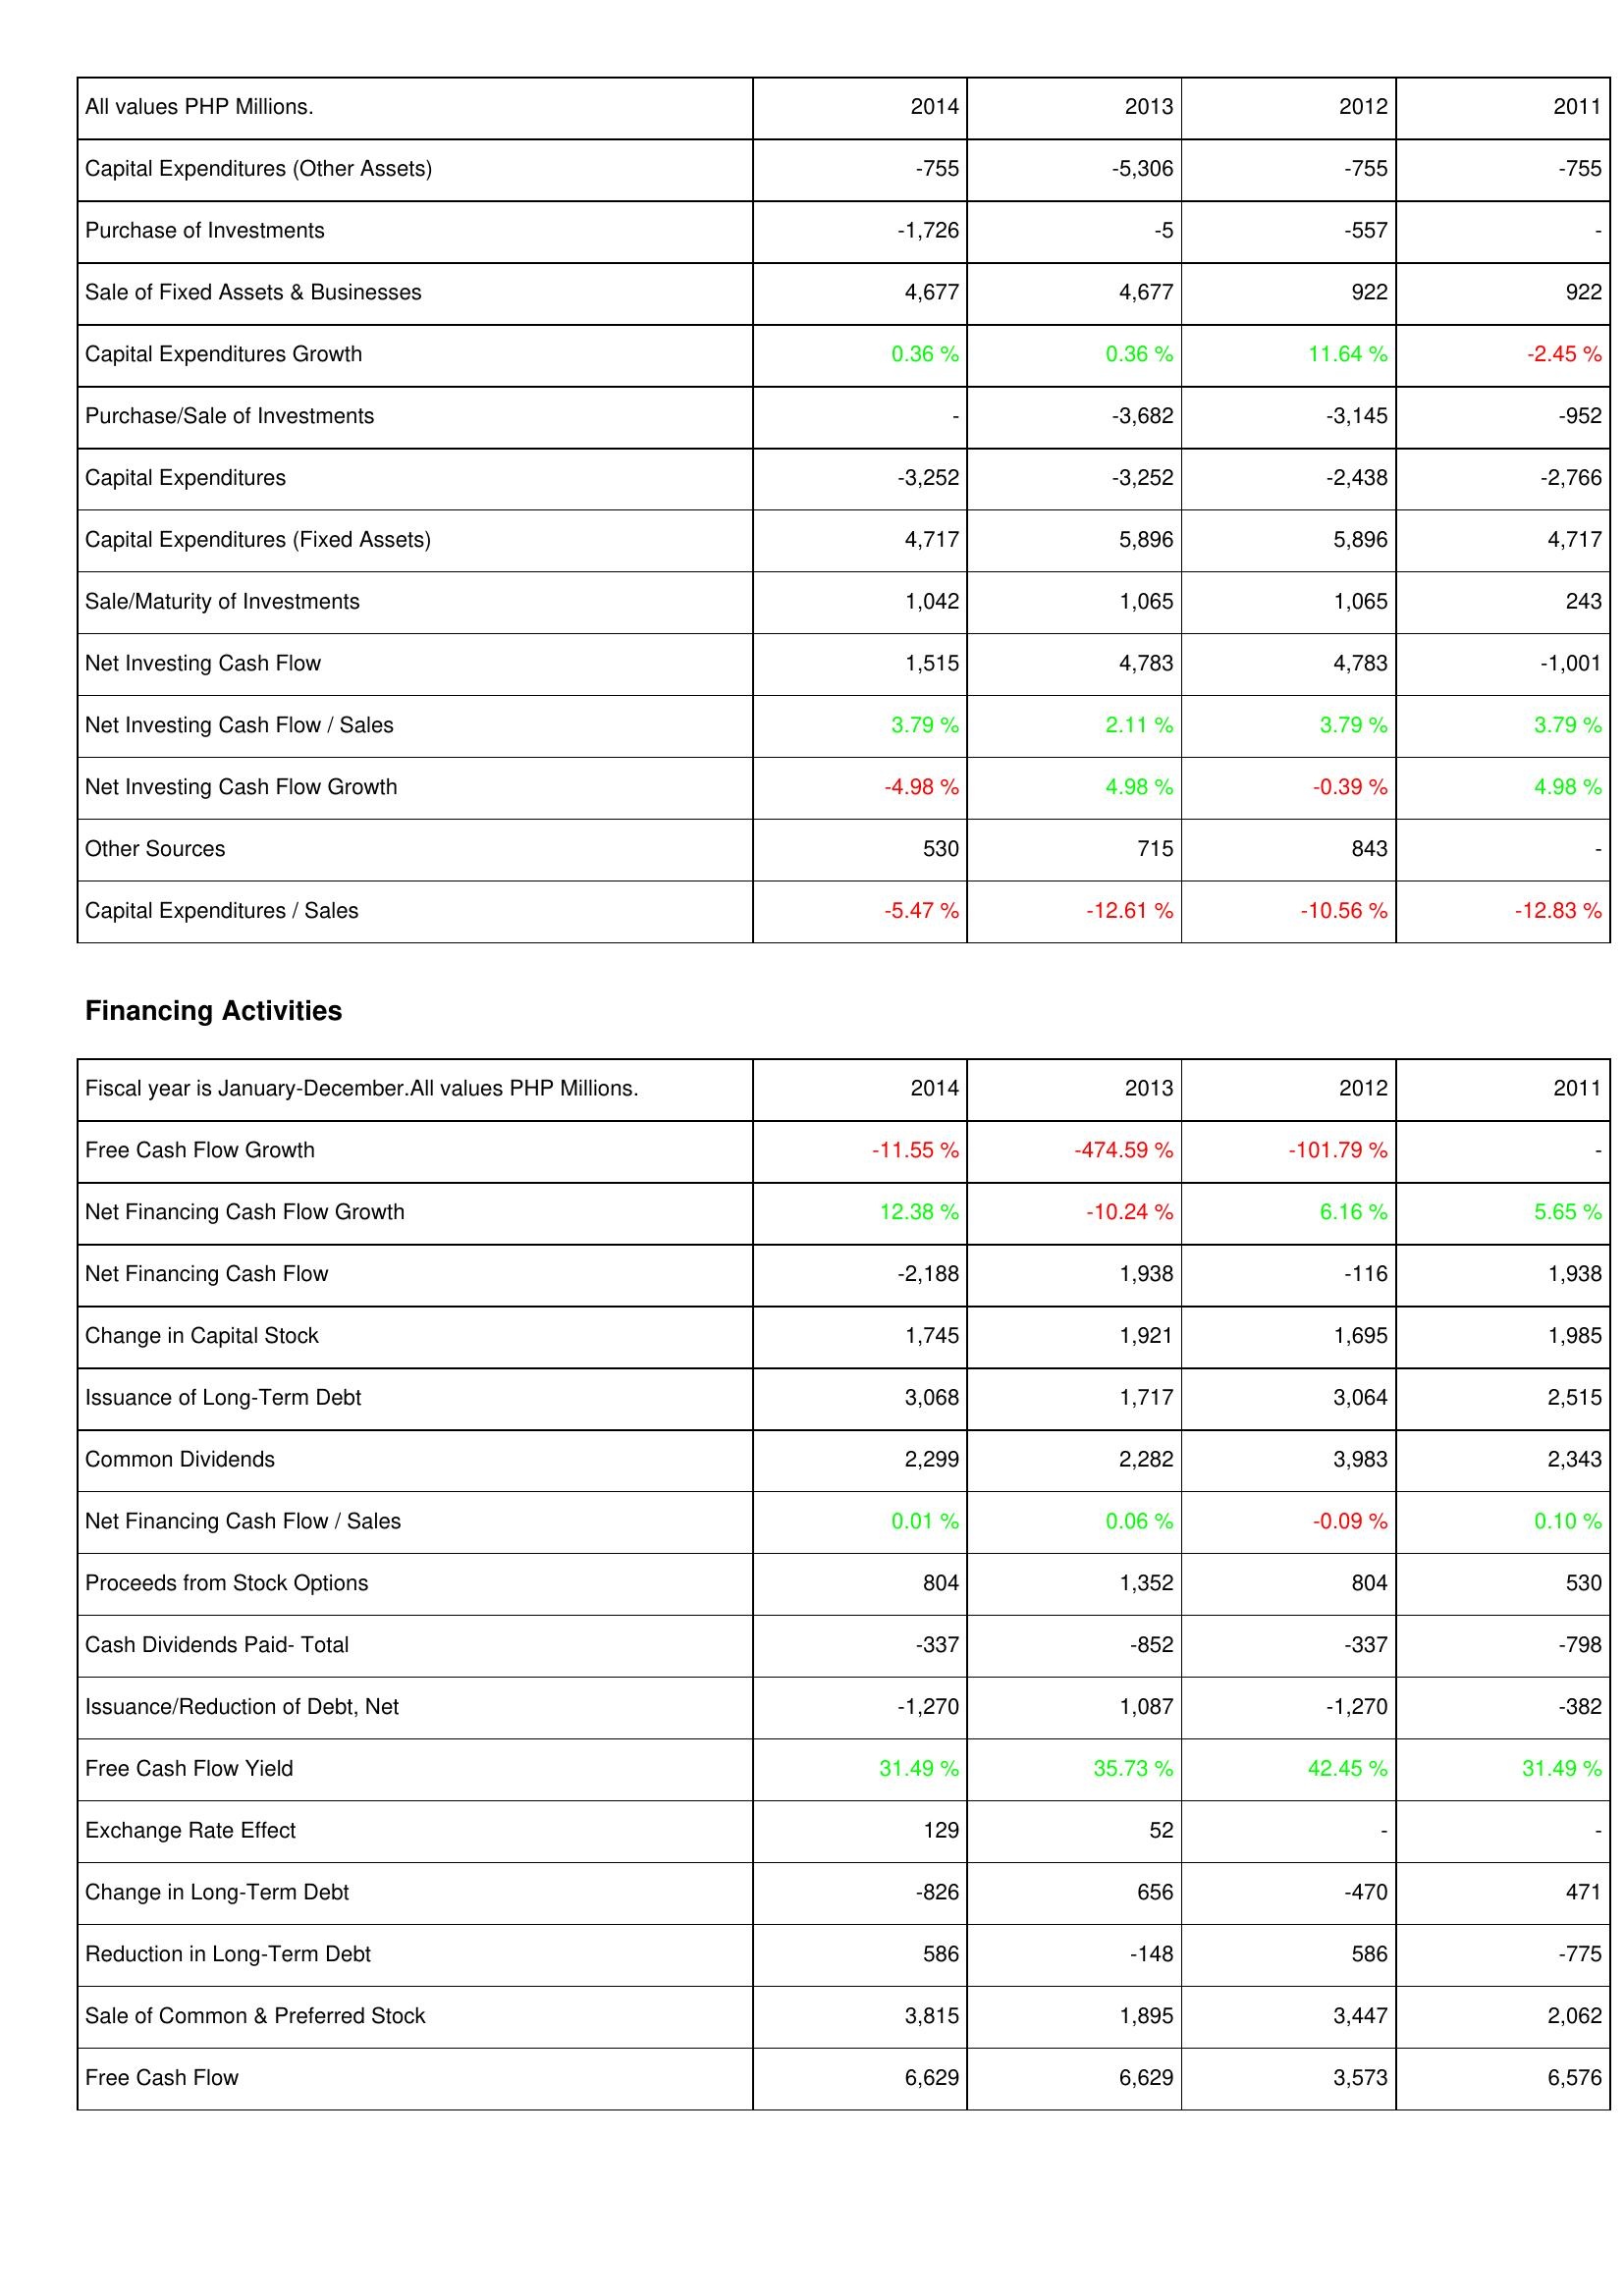
2014: Investing Activities: Capital Expenditures (Other Assets): -755
Purchase of Investments: -1,726
Sale of Fixed Assets & Businesses: 4,677
Capital Expenditures Growth: 0.36 %
Purchase/Sale of Investments: -
Capital Expenditures: -3,252
Capital Expenditures (Fixed Assets): 4,717
Sale/Maturity of Investments: 1,042
Net Investing Cash Flow: 1,515
Net Investing Cash Flow / Sales: 3.79 %
Net Investing Cash Flow Growth: -4.98 %
Other Sources: 530
Capital Expenditures / Sales: -5.47 %
Financing Activities: Free Cash Flow Growth: -11.55 %
Net Financing Cash Flow Growth: 12.38 %
Net Financing Cash Flow: -2,188
Change in Capital Stock: 1,745
Issuance of Long-Term Debt: 3,068
Common Dividends: 2,299
Net Financing Cash Flow / Sales: 0.01 %
Proceeds from Stock Options: 804
Cash Dividends Paid- Total: -337
Issuance/Reduction of Debt, Net: -1,270
Free Cash Flow Yield: 31.49 %
Exchange Rate Effect: 129
Change in Long-Term Debt: -826
Reduction in Long-Term Debt: 586
Sale of Common & Preferred Stock: 3,815
Free Cash Flow: 6,629
2013: Investing Activities: Capital Expenditures (Other Assets): -5,306
Purchase of Investments: -5
Sale of Fixed Assets & Businesses: 4,677
Capital Expenditures Growth: 0.36 %
Purchase/Sale of Investments: -3,682
Capital Expenditures: -3,252
Capital Expenditures (Fixed Assets): 5,896
Sale/Maturity of Investments: 1,065
Net Investing Cash Flow: 4,783
Net Investing Cash Flow / Sales: 2.11 %
Net Investing Cash Flow Growth: 4.98 %
Other Sources: 715
Capital Expenditures / Sales: -12.61 %
Financing Activities: Free Cash Flow Growth: -474.59 %
Net Financing Cash Flow Growth: -10.24 %
Net Financing Cash Flow: 1,938
Change in Capital Stock: 1,921
Issuance of Long-Term Debt: 1,717
Common Dividends: 2,282
Net Financing Cash Flow / Sales: 0.06 %
Proceeds from Stock Options: 1,352
Cash Dividends Paid- Total: -852
Issuance/Reduction of Debt, Net: 1,087
Free Cash Flow Yield: 35.73 %
Exchange Rate Effect: 52
Change in Long-Term Debt: 656
Reduction in Long-Term Debt: -148
Sale of Common & Preferred Stock: 1,895
Free Cash Flow: 6,629
2012: Investing Activities: Capital Expenditures (Other Assets): -755
Purchase of Investments: -557
Sale of Fixed Assets & Businesses: 922
Capital Expenditures Growth: 11.64 %
Purchase/Sale of Investments: -3,145
Capital Expenditures: -2,438
Capital Expenditures (Fixed Assets): 5,896
Sale/Maturity of Investments: 1,065
Net Investing Cash Flow: 4,783
Net Investing Cash Flow / Sales: 3.79 %
Net Investing Cash Flow Growth: -0.39 %
Other Sources: 843
Capital Expenditures / Sales: -10.56 %
Financing Activities: Free Cash Flow Growth: -101.79 %
Net Financing Cash Flow Growth: 6.16 %
Net Financing Cash Flow: -116
Change in Capital Stock: 1,695
Issuance of Long-Term Debt: 3,064
Common Dividends: 3,983
Net Financing Cash Flow / Sales: -0.09 %
Proceeds from Stock Options: 804
Cash Dividends Paid- Total: -337
Issuance/Reduction of Debt, Net: -1,270
Free Cash Flow Yield: 42.45 %
Exchange Rate Effect: -
Change in Long-Term Debt: -470
Reduction in Long-Term Debt: 586
Sale of Common & Preferred Stock: 3,447
Free Cash Flow: 3,573
2011: Investing Activities: Capital Expenditures (Other Assets): -755
Purchase of Investments: -
Sale of Fixed Assets & Businesses: 922
Capital Expenditures Growth: -2.45 %
Purchase/Sale of Investments: -952
Capital Expenditures: -2,766
Capital Expenditures (Fixed Assets): 4,717
Sale/Maturity of Investments: 243
Net Investing Cash Flow: -1,001
Net Investing Cash Flow / Sales: 3.79 %
Net Investing Cash Flow Growth: 4.98 %
Other Sources: -
Capital Expenditures / Sales: -12.83 %
Financing Activities: Free Cash Flow Growth: -
Net Financing Cash Flow Growth: 5.65 %
Net Financing Cash Flow: 1,938
Change in Capital Stock: 1,985
Issuance of Long-Term Debt: 2,515
Common Dividends: 2,343
Net Financing Cash Flow / Sales: 0.10 %
Proceeds from Stock Options: 530
Cash Dividends Paid- Total: -798
Issuance/Reduction of Debt, Net: -382
Free Cash Flow Yield: 31.49 %
Exchange Rate Effect: -
Change in Long-Term Debt: 471
Reduction in Long-Term Debt: -775
Sale of Common & Preferred Stock: 2,062
Free Cash Flow: 6,576